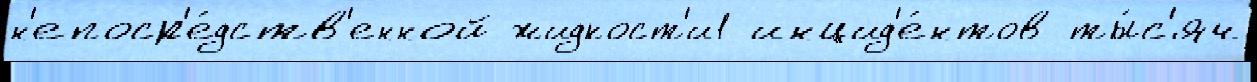
н'епоср'е́дств'енной жидкост'и1 инцид'е́нтов ты́с'яч